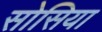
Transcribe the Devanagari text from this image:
सोसिया